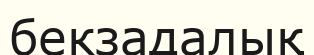
бекзадалық